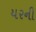
યરની